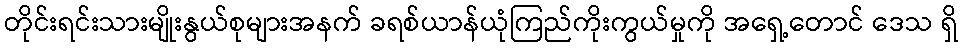
တိုင်းရင်းသားမျိုးနွယ်စုများအနက် ခရစ်ယာန်ယုံကြည်ကိုးကွယ်မှုကို အရှေ့တောင် ဒေသ ရှိ